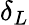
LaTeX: \delta_{L}